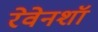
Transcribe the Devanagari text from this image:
रेवेनशॉ